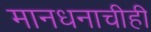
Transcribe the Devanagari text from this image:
मानधनाचीही